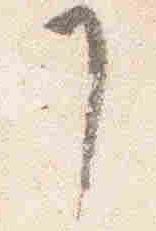
了